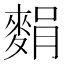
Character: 𪌭